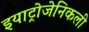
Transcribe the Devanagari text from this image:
इयाट्रोजेनिकली